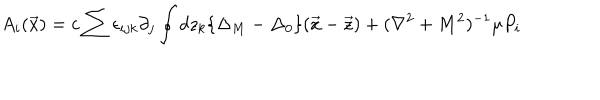
A _ { i } ( \vec { x } ) = c \sum \epsilon _ { i j k } \partial _ { j } \oint d z _ { k } \{ \Delta _ { M } - \Delta _ { 0 } \} ( \vec { x } - \vec { z } ) + ( \nabla ^ { 2 } + M ^ { 2 } ) ^ { - 1 } \mu P _ { i }